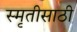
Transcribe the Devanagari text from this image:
स्मृतीसाठी